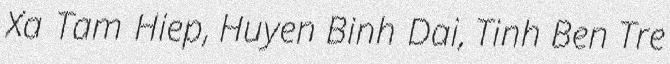
Xa Tam Hiep, Huyen Binh Dai, Tinh Ben Tre